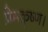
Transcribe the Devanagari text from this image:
प्रेमकृष्ण।